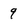
Character: 9